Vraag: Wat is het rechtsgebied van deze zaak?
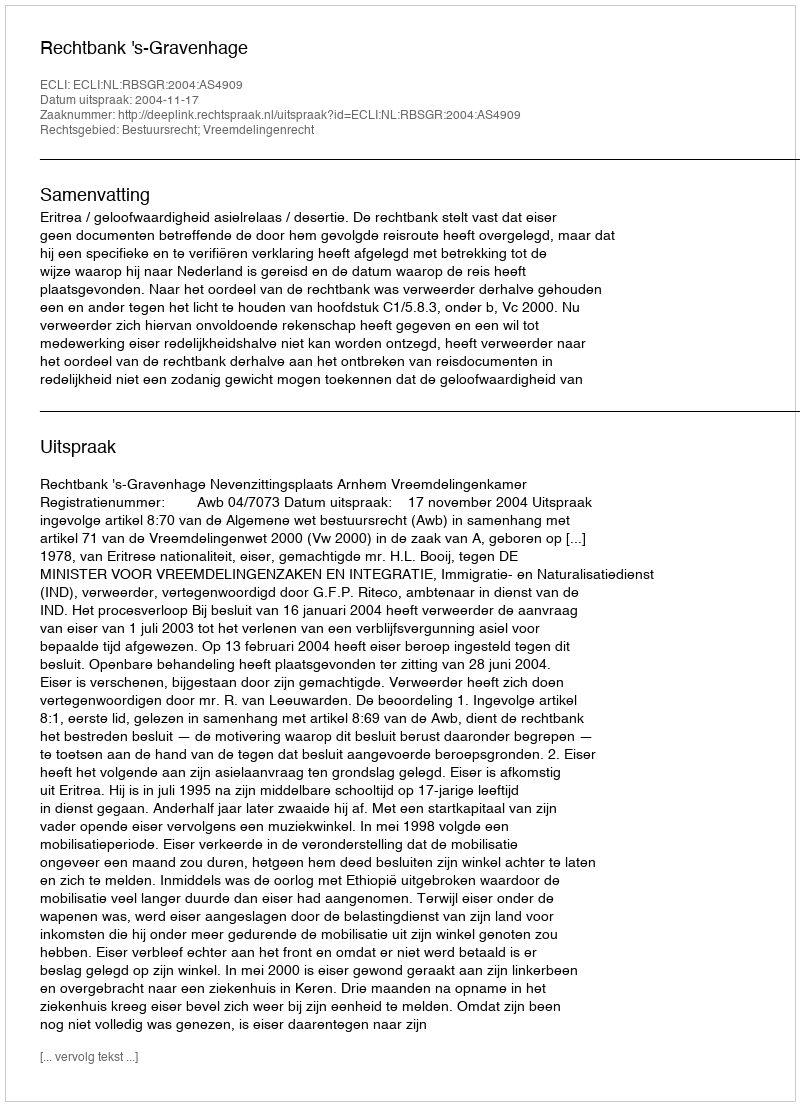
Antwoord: Bestuursrecht; Vreemdelingenrecht